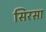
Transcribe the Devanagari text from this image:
सिरसा